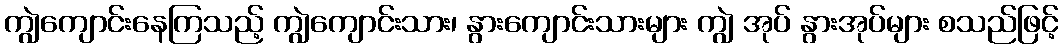
ကျွဲကျောင်းနေကြသည့် ကျွဲကျောင်းသား၊ နွားကျောင်းသားများ ကျွဲ အုပ် နွားအုပ်များ စသည်ဖြင့်